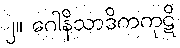
၂။ ဂေါနိသာဒိကကုဋိ